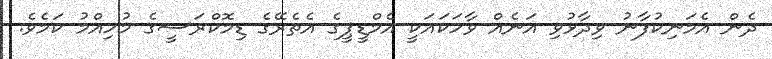
ދެން އެމަނިކުފާނު ވިދާޅުވި އަނެއް ވާހަކައަކީ އެމްޑީޕީގެ އެތެރޭގެ ޑިމޮކްރަސީގެ މުހިއްމު ކަމެވެ.